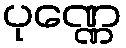
ပုဏ္ဏေ